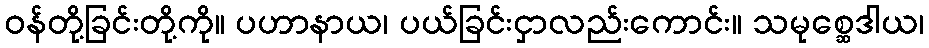
ဝန်တို့ခြင်းတို့ကို။ ပဟာနာယ၊ ပယ်ခြင်းငှာလည်းကောင်း။ သမုစ္ဆေဒါယ၊